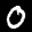
Label: 0